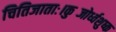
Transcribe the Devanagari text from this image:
चितिजाताः।कुब्जोर्ध्वशुष्क